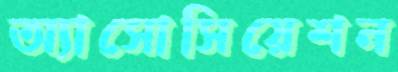
অ্যাসোসিয়েশন